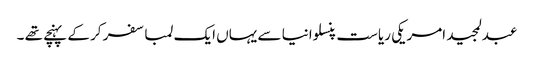
عبدلمجید امریکی ریاست پنسلوانیا سے یہاں ایک لمبا سفر کر کے پہنچے تھے ۔